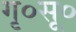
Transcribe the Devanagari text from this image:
गृ०सू०